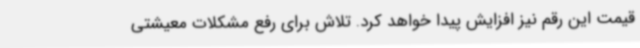
قیمت این رقم نیز افزایش پیدا خواهد کرد. تلاش برای رفع مشکلات معیشتی